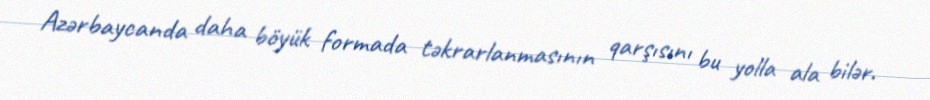
Azərbaycanda daha böyük formada təkrarlanmasının qarşısını bu yolla ala bilər.